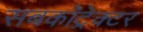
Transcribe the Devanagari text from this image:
सबकॉट्रेक्टर